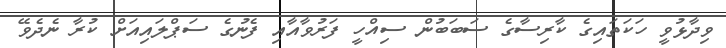
ވިދާޅުވީ ހަކަތައިގެ ކާރިސާގެ ސަބަބުން ސިއްހީ ފަރުވާއާއި ފެނުގެ ސަޕްލައިއަށް ކުރާ ނެދެވޭ